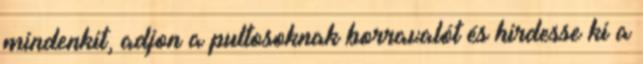
mindenkit, adjon a pultosoknak borravalót és hirdesse ki a